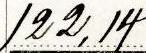
122,14